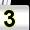
Digit: 3